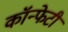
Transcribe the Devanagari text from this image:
कॉन्फेटी